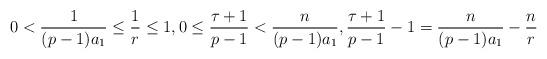
LaTeX: \begin{align*}0<\frac{1}{(p-1)a_1}\leq \frac1r\leq1, 0\leq\frac{\tau+1}{p-1}<\frac{n}{(p-1)a_1} , \frac{\tau+1}{p-1}-1=\frac{n}{(p-1)a_1}-\frac{n}{r}\end{align*}